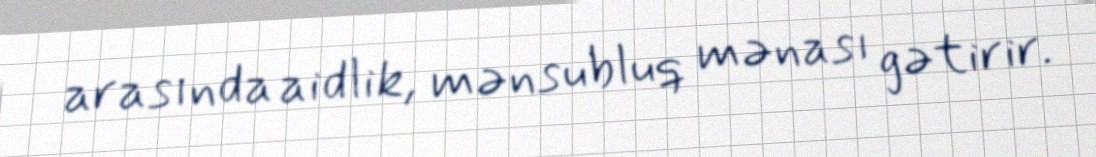
arasında aidlik, mənsubluq mənası gətirir.